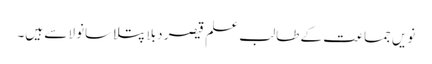
نویں جماعت کے طالب علم قیصر دبلا پتلا سانولا سے ہیں۔